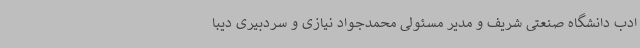
ادب دانشگاه صنعتی شریف و مدیر مسئولی محمدجواد نیازی و سردبیری دیبا